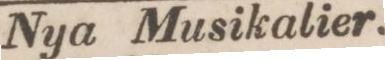
Nya Musikalier.